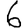
Digit: 6